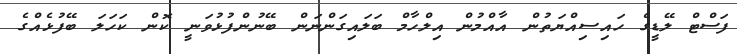
ފަސްޓް ލޭޑީގެ ހައިސިއްޔަތުން އާއްމުން އިލްހާމް ބަލައިގަންނަން ބޭނުންފުޅުވަނީ ކޮން ކަހަލަ ބޭފުޅެއްގެ